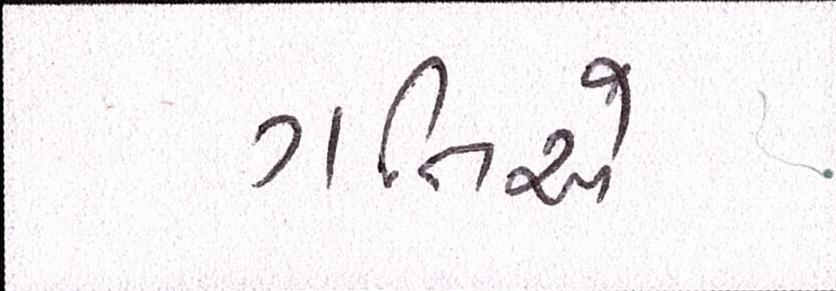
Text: ગતિએ